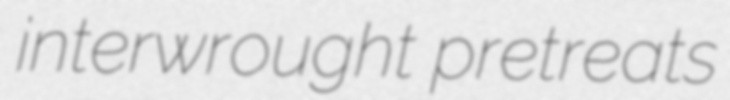
interwrought pretreats